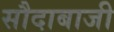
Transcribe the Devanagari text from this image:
सौदाबाजी